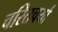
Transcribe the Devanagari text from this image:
चरितचर्या